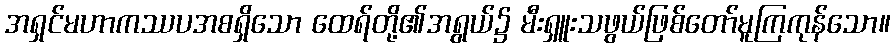
အရှင်မဟာကဿပအစရှိသော ထေရ်တို့၏အရွယ်၌ မီးရှူးသဖွယ်ဖြစ်တော်မူကြကုန်သော။